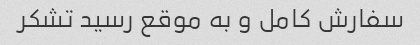
سفارش کامل و به موقع رسید تشکر